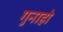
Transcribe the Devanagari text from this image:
गुनाहो